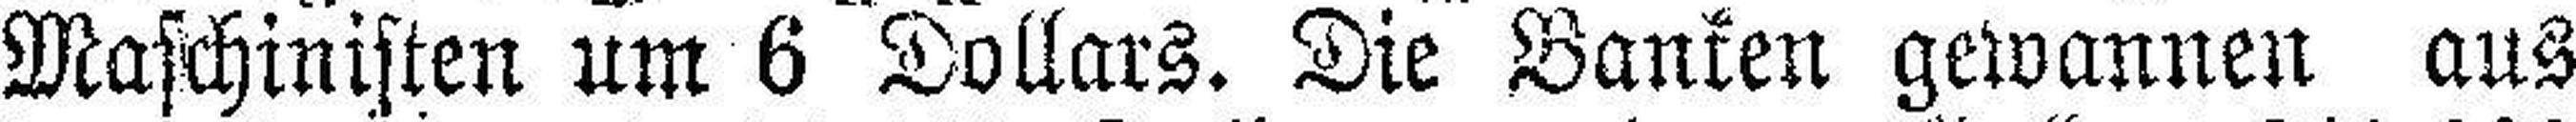
Maschinisten um 6 Dollars. Die Banken gewannen aus